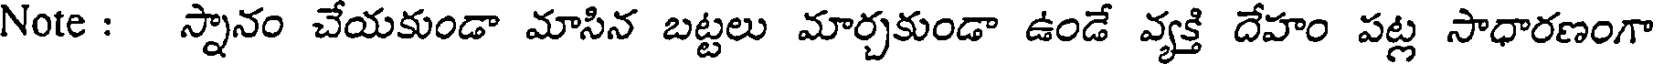
Note : స్నానం చేయకుండా మాసిన బట్టలు మార్చకుండా ఉండే వ్యక్తి దేహం పట్ల సాధారణంగా